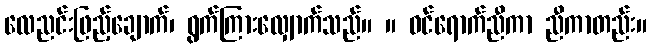
လေညင်းဖြည့်ချောက်၊ ရွက်ကြားလျှောက်သည်။ ။ ဝင်ရောက်ညီကာ ညီကာတည်း။